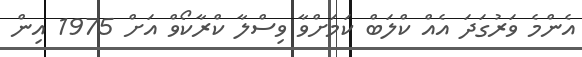
އެންމެ ވަރުގަދަ އެއް ކްލަބް ކަމަށްވާ ވިސްލާ ކްރާކޯވް އަށް 1975 އިން